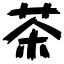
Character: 茶